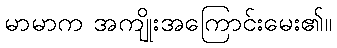
မာမာက အကျိုးအကြောင်းမေး၏။